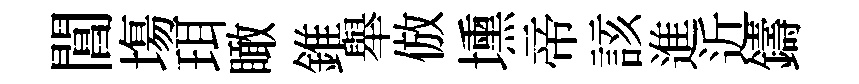
閶塲珥瞰錐舉倣壎帝該進近鑄